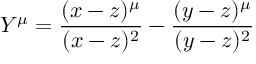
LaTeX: Y ^ { \mu } = \frac { ( x - z ) ^ { \mu } } { ( x - z ) ^ { 2 } } - \frac { ( y - z ) ^ { \mu } } { ( y - z ) ^ { 2 } }